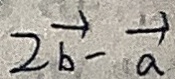
2 b - a